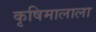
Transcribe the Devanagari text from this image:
कृषिमालाला